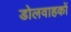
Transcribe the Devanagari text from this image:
डोलवाहकों